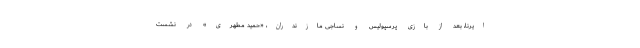
ایرنا، بعد از بازی پرسپولیس و نساجی مازندران، «حمید مطهری» در نشست